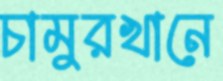
চামুরখানে